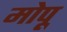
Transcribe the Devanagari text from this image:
मोपू